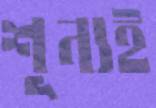
শূন্যই